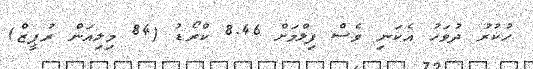
ހުުކުރު ދުވަހު އެކަނި ވެސް ފިލްމަށް 8.46 ކްރޯޑު (84 މިލިއަން ރުޕީޒް)